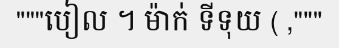
"""បៀល ។ ម៉ាក់ ទីទុយ ( ,"""